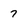
Character: 7